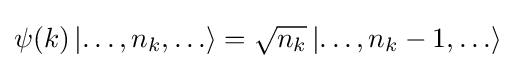
\psi (k)\left|\dots ,n_{k},\ldots \right\rangle ={\sqrt {n_{k}}}\left|\dots ,n_{k}-1,\ldots \right\rangle